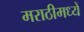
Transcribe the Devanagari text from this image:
मराठीमध्यें